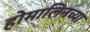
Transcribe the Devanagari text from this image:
होमालिनच्या